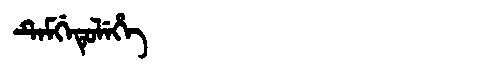
Manchu: ᡨᡝᠮᡤᡝᡨᡠᠯᡝᡥᡝ
Romanization: TEMGETULEHE